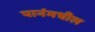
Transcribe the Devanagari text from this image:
पानंमधील